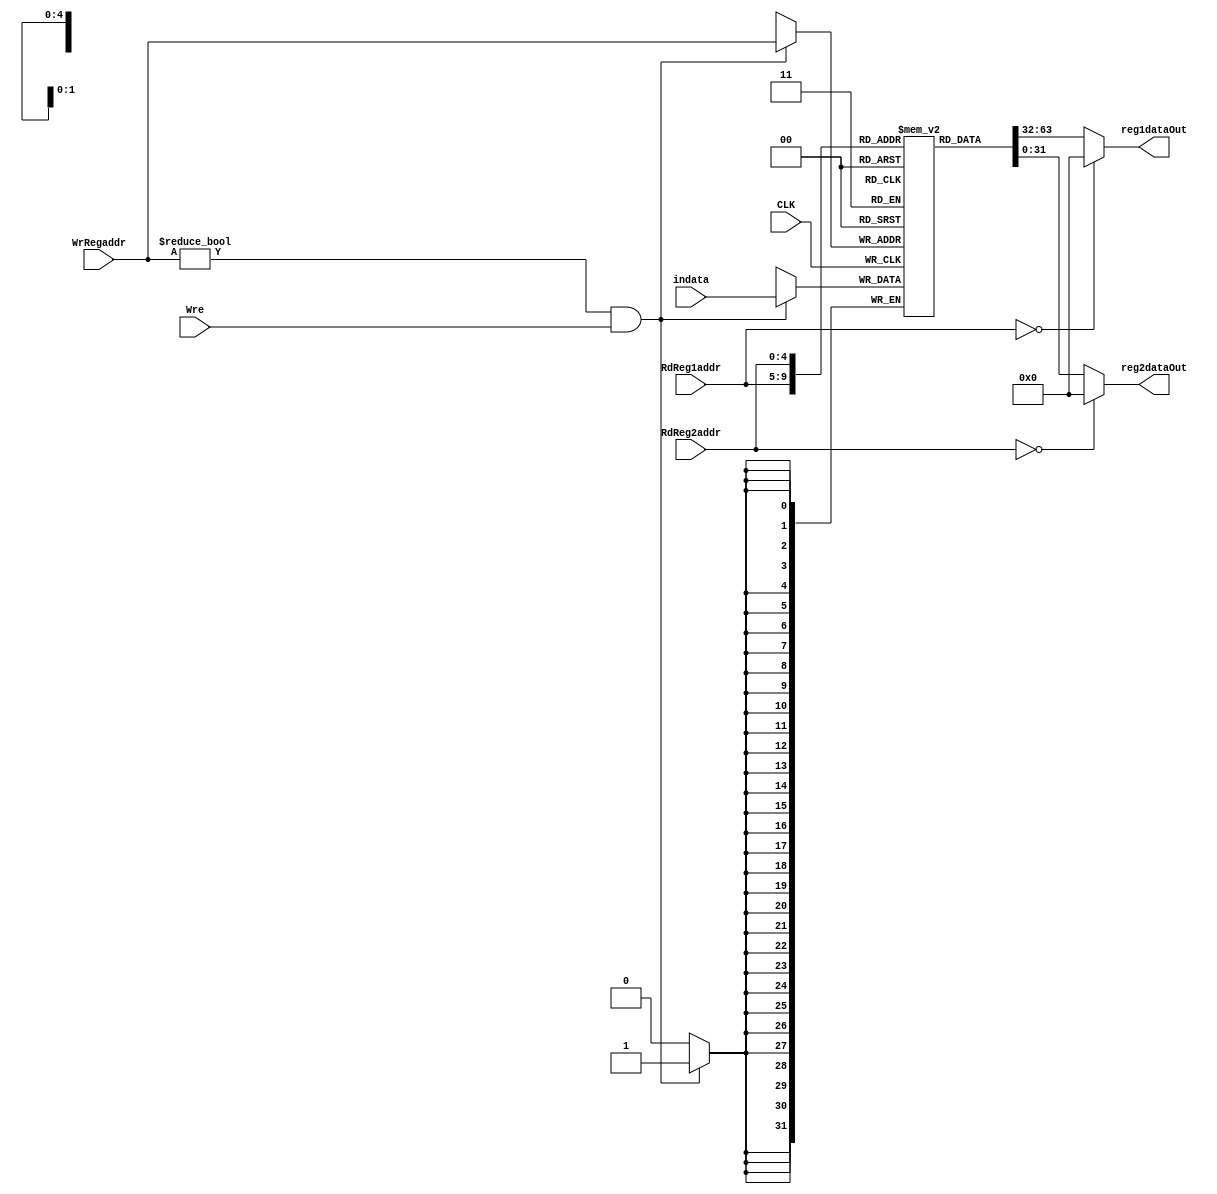
`timescale 1ns / 1ps
//////////////////////////////////////////////////////////////////////////////////
// Company: 
// Engineer: 
// 
// Design Name: 
// Module Name: Regfile
// Project Name: 
// Target Devices: 
// Tool Versions: 
// Description: 
// 
// Dependencies: 
// 
// Revision:
// Revision 0.01 - File Created
// Additional Comments:
// 
//////////////////////////////////////////////////////////////////////////////////


module Regfile(
    input CLK,
    input Wre,
    // input CLR,
    input [4:0] RdReg1addr,
    input [4:0] RdReg2addr,
    input [4:0] WrRegaddr,
    input [31:0] indata,
    output [31:0] reg1dataOut,
    output [31:0] reg2dataOut
    );
    reg     [31:0]  register [31:0];             // 3231R1 -Rr31
   integer  i;                                // 

    assign reg1dataOut = (RdReg1addr== 0)? 0 : register[RdReg1addr];   // 1
    assign reg2dataOut = (RdReg2addr== 0)? 0 : register[RdReg2addr];   // 2

    // psedge?
    always @(negedge CLK ) begin
        if ((WrRegaddr != 0) && (Wre == 1))     // $0
          register[WrRegaddr] <= indata;        // "<="
    end

        initial begin
            for (i=1; i<32; i=i+1) begin
                    register[i] <= 0;                     // 0"<="
            end
        end

endmodule